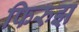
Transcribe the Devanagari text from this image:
फिरुझ